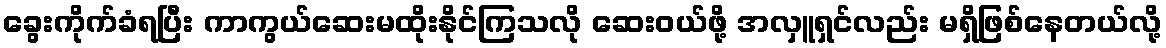
ခွေးကိုက်ခံရပြီး ကာကွယ်ဆေးမထိုးနိုင်ကြသလို ဆေးဝယ်ဖို့ အလှူရှင်လည်း မရှိဖြစ်နေတယ်လို့